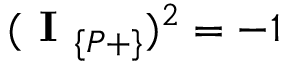
( \textbf { I } _ { \{ P + \} } ) ^ { 2 } = - 1